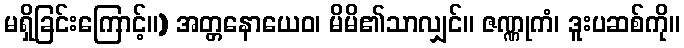
မရှိခြင်းကြောင့်။) အတ္တနောယေဝ၊ မိမိ၏သာလျှင်။ ဇဏ္ဏုကံ၊ ဒူးပဆစ်ကို။